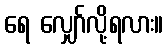
ရေ လျှော်လို့ရလား။